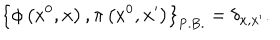
LaTeX: \left\{ \phi \left( x ^ { 0 } , { \bf x } \right) , \pi \left( x ^ { 0 } , { \bf x ^ { \prime } } \right) \right\} _ { \mathrm { P . B . } } = \delta _ { { \bf x } , { \bf x ^ { \prime } } } .